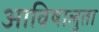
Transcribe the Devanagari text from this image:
आविषालुता